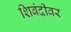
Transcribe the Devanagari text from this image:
शिबंदीवर